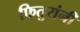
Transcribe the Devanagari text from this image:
फितुरांनी